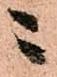
ニ